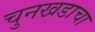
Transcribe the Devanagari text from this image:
चुनखडाचा